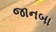
જાનબા